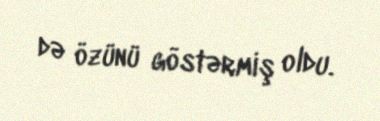
də özünü göstərmiş oldu.